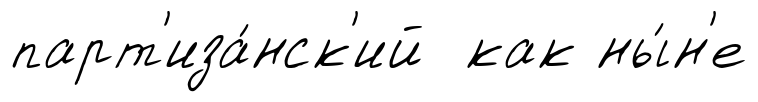
парт'иза́нск'ий как ны́н'е